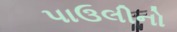
પાઉલીનો